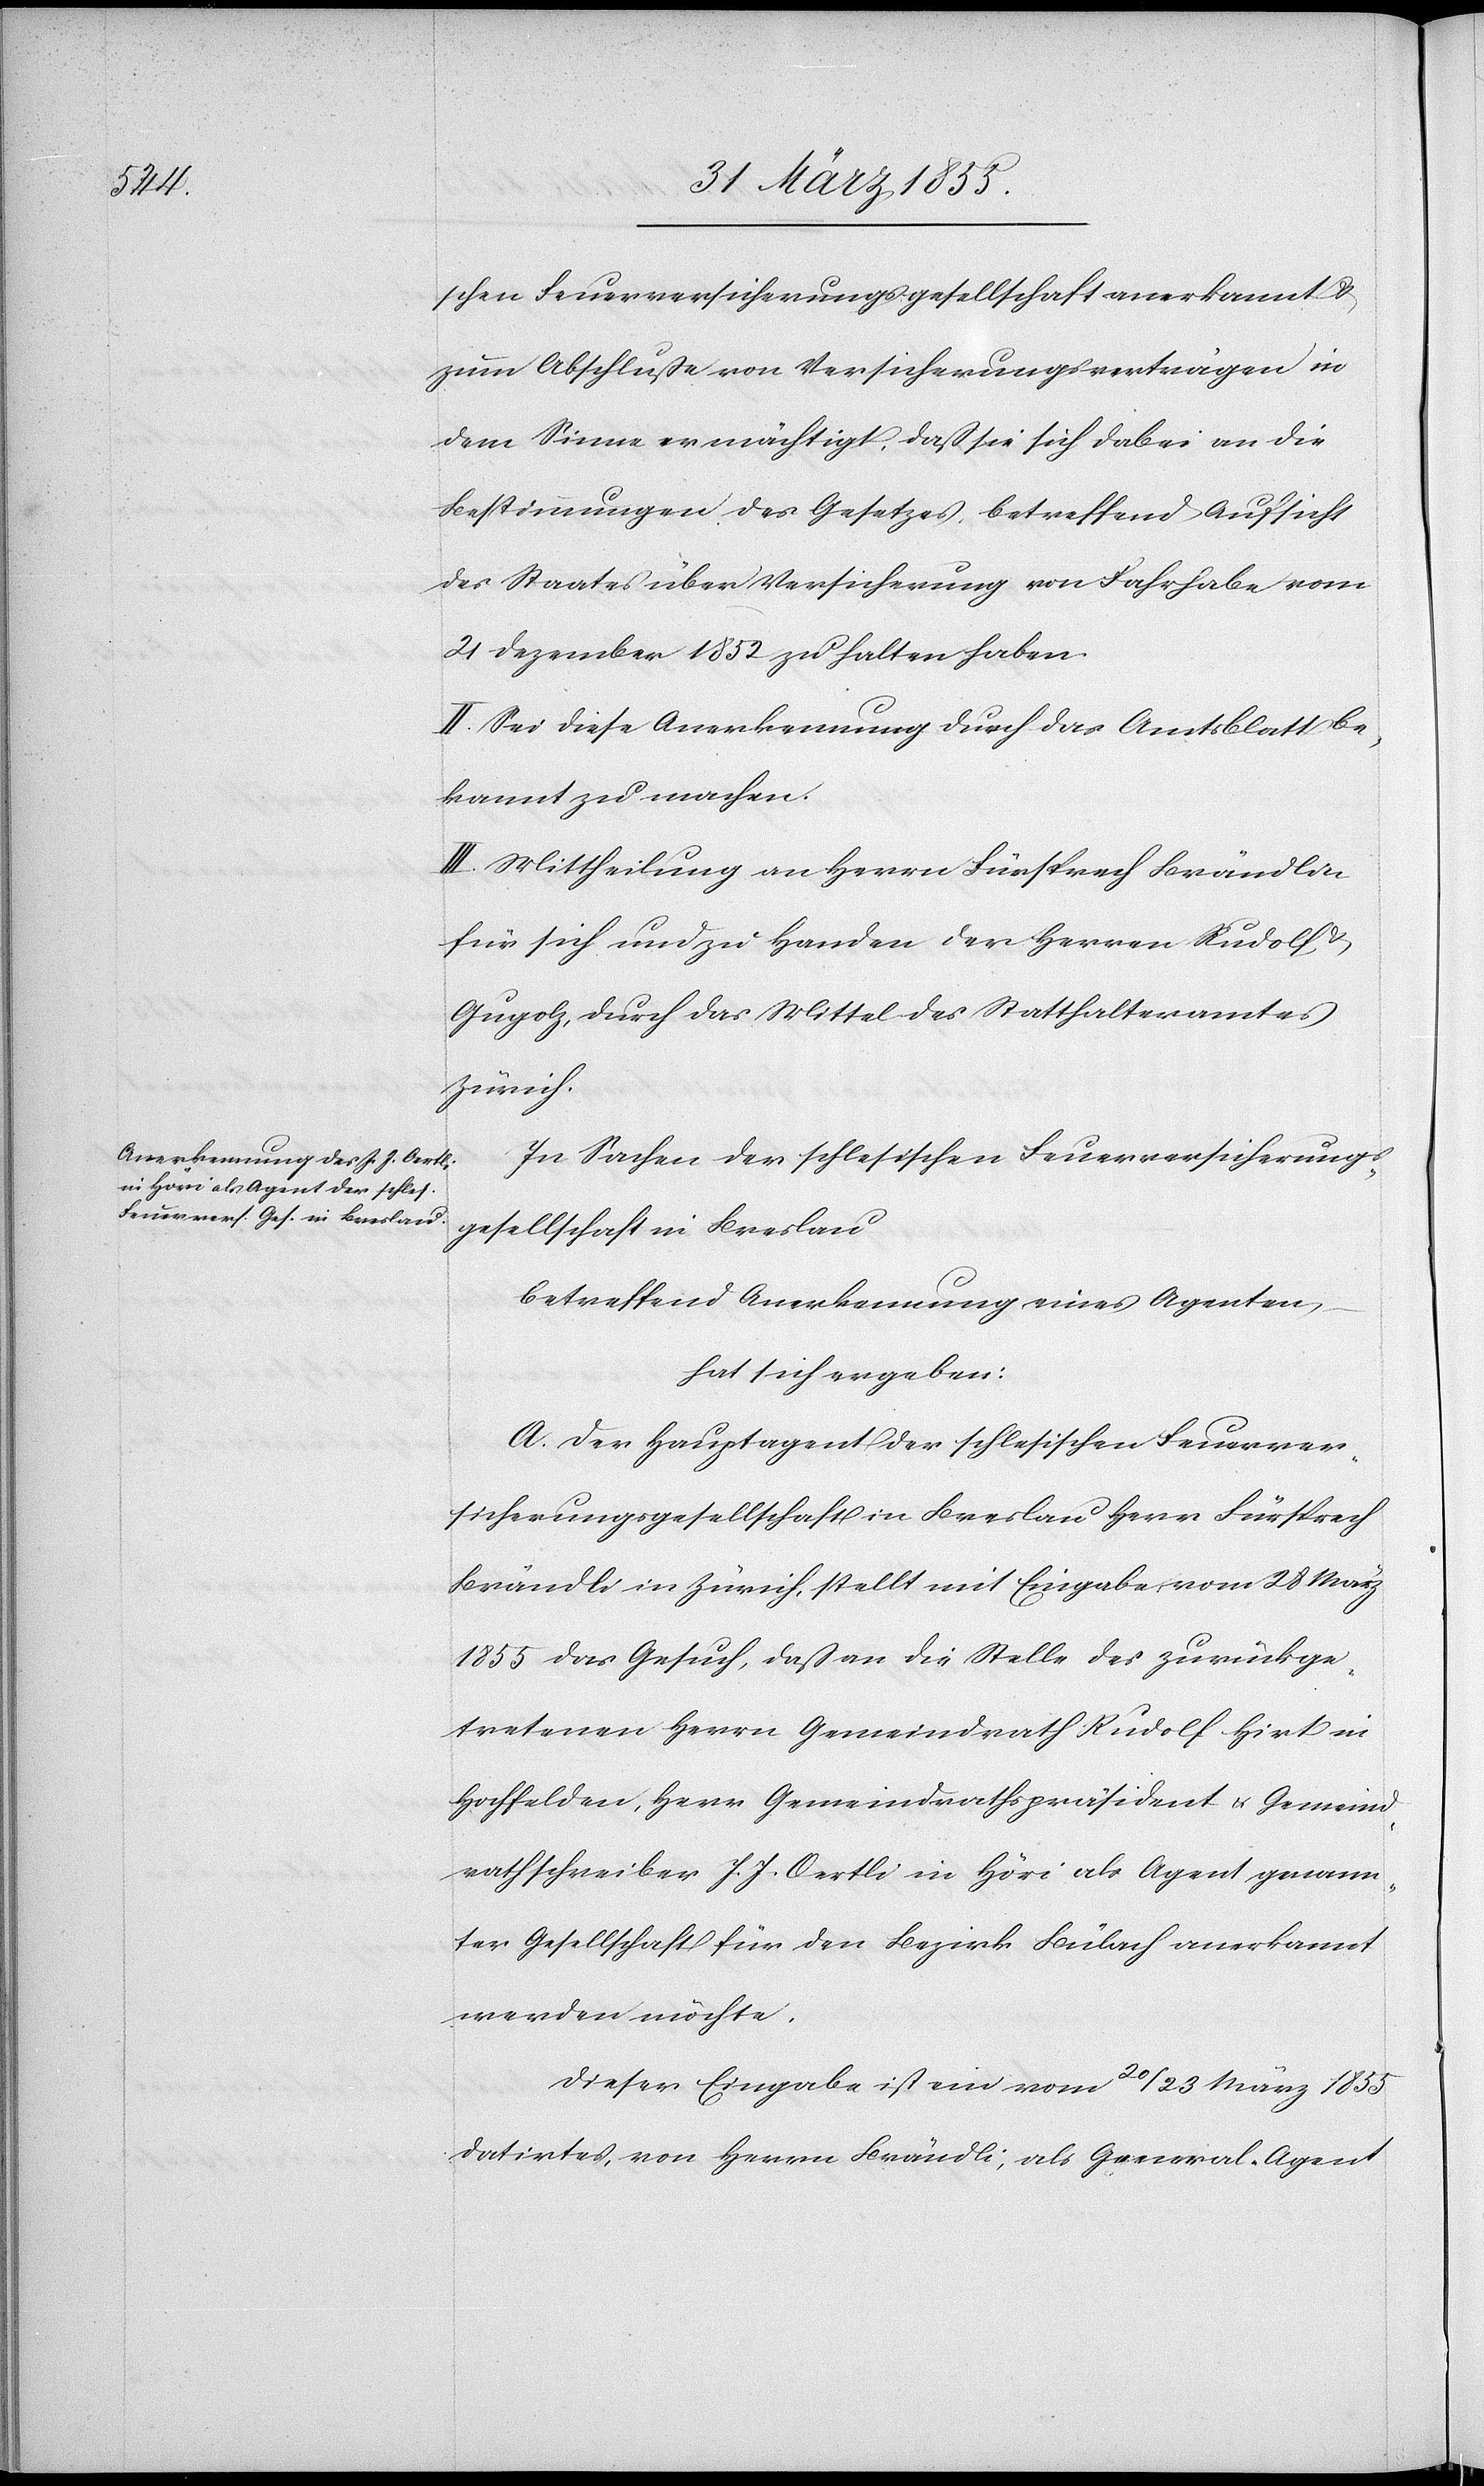
schen Feuerversicherungsgesellschaft anerkannt &
zum Abschluße von Versicherungsverträgen in
dem Sinne ermächtigt, daß sie sich dabei an die
Bestimmungen des Gesetzes, betreffend Aufsicht
des Staates über Versicherung von Fahrhabe vom
21 Dezember 1852 zu halten haben.
II. Sei diese Anerkennung durch das Amtsblatt be¬
kannt zu machen.
III. Mittheilung an Herrn Fürsprech Brändlin
für sich und zu Handen der Herren Rudolf
Gugolz, durch das Mittel des Statthalteramtes
Zürich.
In Sachen der schlesischen Feuerversicherungs¬
gesellschaft in Breslau
betreffend Anerkennung eines Agenten,
hat sich ergeben:
A. Der Hauptagent der schlesischen Feuerver¬
sicherungsgesellschaft in Breslau Herr Fürsprech
Brändli in Zürich, stellt mit Eingabe vom 28 März
1855 das Gesuch, daß an die Stelle des zurückge¬
tretenen Herrn Gemeindrath Rudolf Hirt in
Hochfelden, Herr Gemeindrathspräsident & Gemeind¬
rathschreiber J. J. Oertli in Höri als Agent genann¬
ter Gesellschaft für den Bezirk Bülach anerkannt
werden möchte.
Dieser Eingabe ist ein vom 20 / 23 März 1855
datirtes, von Herrn Brändli, als General-Agent